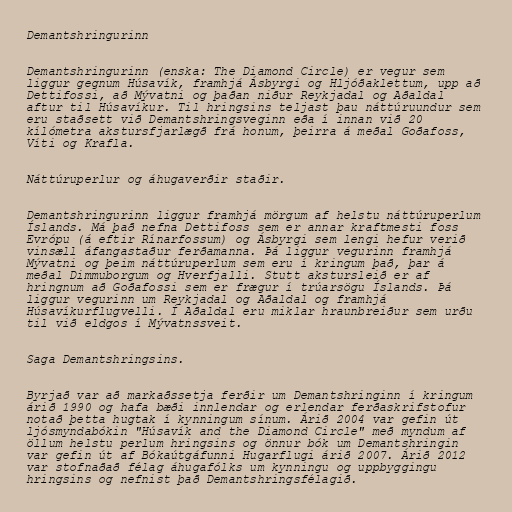
Demantshringurinn

Demantshringurinn (enska: The Diamond Circle) er vegur sem
liggur gegnum Húsavík, framhjá Ásbyrgi og Hljóðaklettum, upp að
Dettifossi, að Mývatni og þaðan niður Reykjadal og Aðaldal
aftur til Húsavíkur. Til hringsins teljast þau náttúruundur sem
eru staðsett við Demantshringsveginn eða í innan við 20
kílómetra akstursfjarlægð frá honum, þeirra á meðal Goðafoss,
Víti og Krafla.

Náttúruperlur og áhugaverðir staðir.

Demantshringurinn liggur framhjá mörgum af helstu náttúruperlum
Íslands. Má það nefna Dettifoss sem er annar kraftmesti foss
Evrópu (á eftir Rínarfossum) og Ásbyrgi sem lengi hefur verið
vinsæll áfangastaður ferðamanna. Þá liggur vegurinn framhjá
Mývatni og þeim náttúruperlum sem eru í kringum það, þar á
meðal Dimmuborgum og Hverfjalli. Stutt akstursleið er af
hringnum að Goðafossi sem er frægur í trúarsögu Íslands. Þá
liggur vegurinn um Reykjadal og Aðaldal og framhjá
Húsavíkurflugvelli. Í Aðaldal eru miklar hraunbreiður sem urðu
til við eldgos í Mývatnssveit.

Saga Demantshringsins.

Byrjað var að markaðssetja ferðir um Demantshringinn í kringum
árið 1990 og hafa bæði innlendar og erlendar ferðaskrifstofur
notað þetta hugtak í kynningum sínum. Árið 2004 var gefin út
ljósmyndabókin "Húsavík and the Diamond Circle" með myndum af
öllum helstu perlum hringsins og önnur bók um Demantshringin
var gefin út af Bókaútgáfunni Hugarflugi árið 2007. Árið 2012
var stofnaðað félag áhugafólks um kynningu og uppbyggingu
hringsins og nefnist það Demantshringsfélagið.